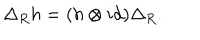
LaTeX: \Delta _ { R } h = ( h \otimes i d ) \Delta _ { R } .